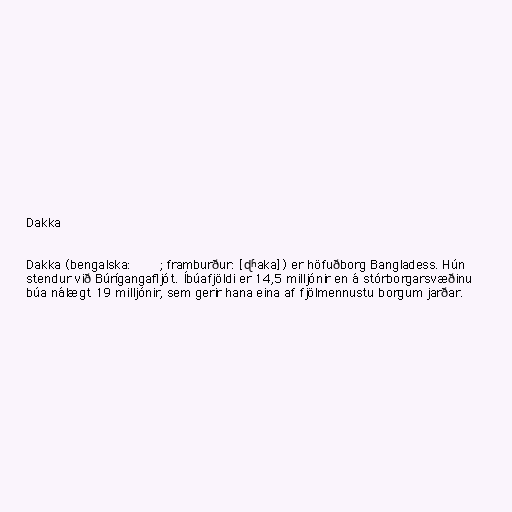
Dakka

Dakka (bengalska: ঢাকা; framburður: [ɖʱaka]) er höfuðborg Bangladess. Hún
stendur við Búrígangafljót. Íbúafjöldi er 14,5 milljónir en á stórborgarsvæðinu
búa nálægt 19 milljónir, sem gerir hana eina af fjölmennustu borgum jarðar.